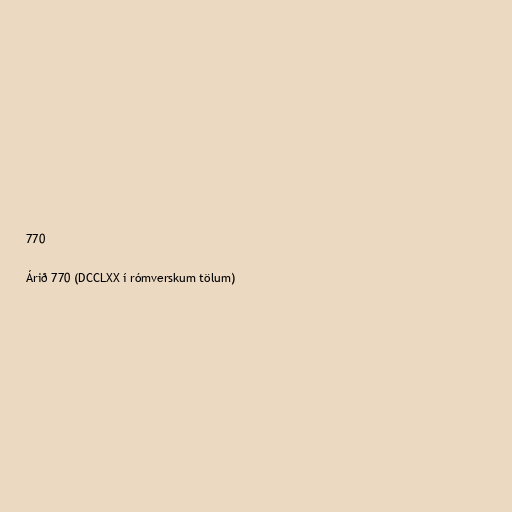
770

Árið 770 (DCCLXX í rómverskum tölum)